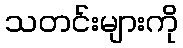
သတင်းများကို